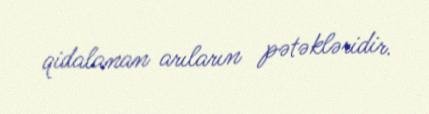
qidalanan arıların pətəkləridir.